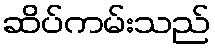
ဆိပ်ကမ်းသည်